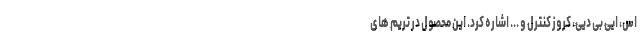
اس، ایی بی دیی، کروز کنترل و ... اشاره کرد. این محصول در تریم های